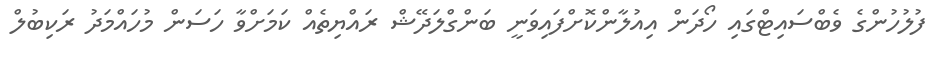
ފުލުހުންގެ ވެބްސައިޓްގައި ހޯދަން އިއުލާންކޮށްފައިވަނީ ބަންގްލަދޭޝް ރައްޔިތެއް ކަމަށްވާ ހަސަން މުހައްމަދު ރަކިބުލް